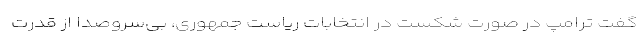
گفت ترامپ در صورت شکست در انتخابات ریاست جمهوری، بی‌سروصدا از قدرت